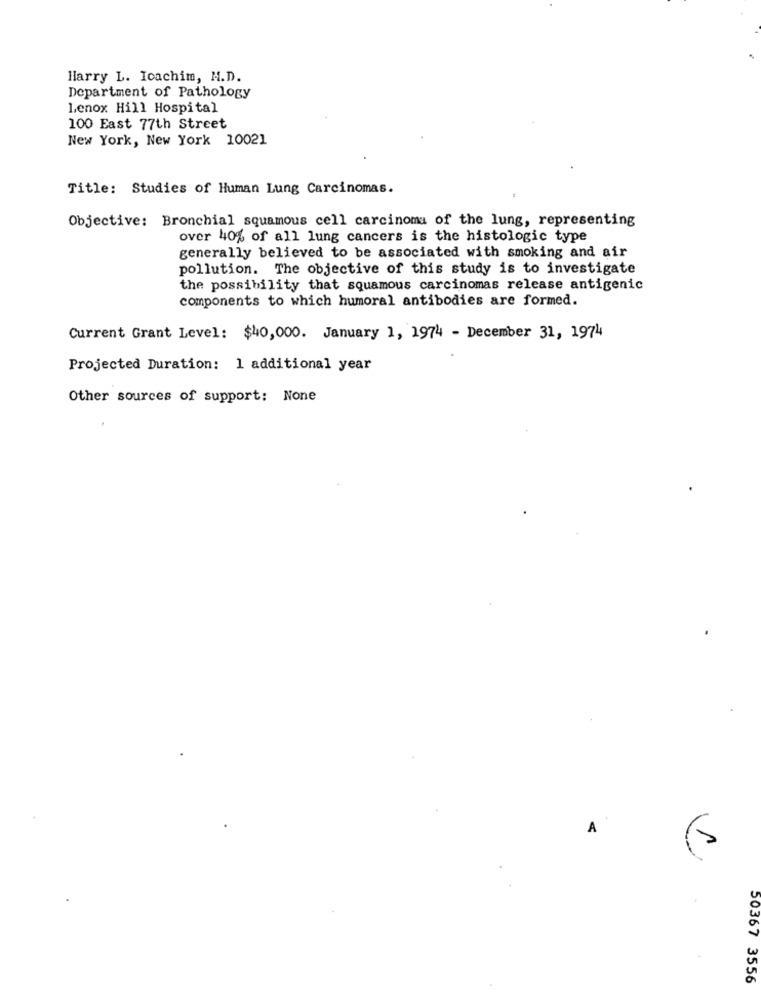
Harry L. Icachim, M.D.
Department of Pathology
Lenox Hill Hospital
100 East 77th Street
New York, New York 10021
Title: Studies of Human Lung Carcinomas.
Objective: Bronchial squamous cell carcinoma of the lung, representing
over 40% of all lung cancers is the histologic type
generally believed to be associated with smoking and air
pollution. The objective of this study is to investigate
the possibility that squamous carcinomas release antigenic
components to which humoral antibodies are formed.
Current Grant Level: $40,000. January 1, 1974 - December 31, 1974
Projected Duration: 1 additional year
Other sources of support: None
A
50367 3556